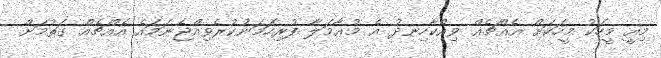
މިއީ މީހަކު މީހަކަށް އެއްޗެއް ވިއްކާހިނދު އެ މުޢާމަލާ ފުރިހަމަނުކުރެވިއްޖެނަމައެ އެއްޗެއް ގަތުމަށް